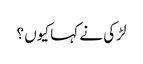
لڑکی نے کہا کیوں ؟